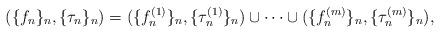
LaTeX: \begin{align*} (\{f_n \}_{n}, \{\tau_n \}_{n})= (\{f^{(1)}_n \}_{n}, \{\tau^{(1)}_n \}_{n})\cup \cdots \cup (\{f^{(m)}_n \}_{n}, \{\tau^{(m)}_n \}_{n}), \end{align*}